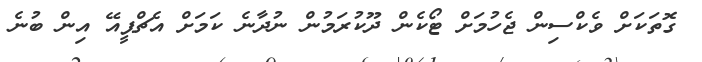
ގޮތަކަށް ވެކްސިން ޖެހުމަށް ޓޯކެން ދޫކުރަމުން ނުދާނެ ކަމަށް އެޗްޕީއޭ އިން ބުނެ